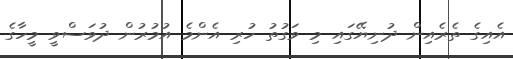
އެއިގެ ތެރެއިން ދުނިޔޭގައި މި ވަގުތު ހުރި އެންމެ އުމުރުން ދުވަސްވީ މީހާގެ